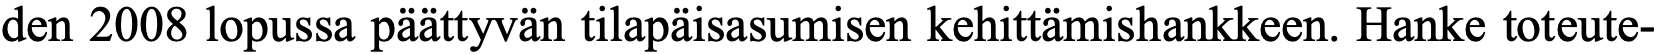
den 2008 lopussa päättyvän tilapäisasumisen kehittämishankkeen. Hanke toteute-